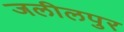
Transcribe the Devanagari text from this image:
जलीलपुर